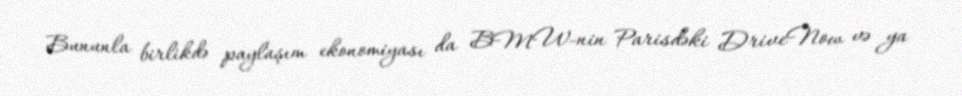
Bununla birlikdə paylaşım ekonomiyası da BMW-nin Parisdəki DriveNow və ya